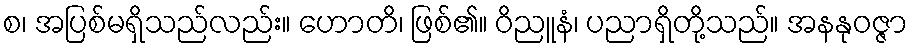
စ၊ အပြစ်မရှိသည်လည်း။ ဟောတိ၊ ဖြစ်၏။ ဝိညူနံ၊ ပညာရှိတို့သည်။ အနနုဝဇ္ဇာ